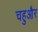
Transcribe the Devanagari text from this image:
चहुऔर